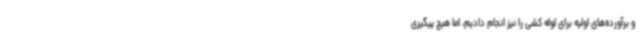
و برآورده‌های اولیه برای لوله کشی را نیز انجام دادیم، اما هیچ پیگیری